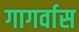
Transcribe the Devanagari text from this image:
गागर्वास